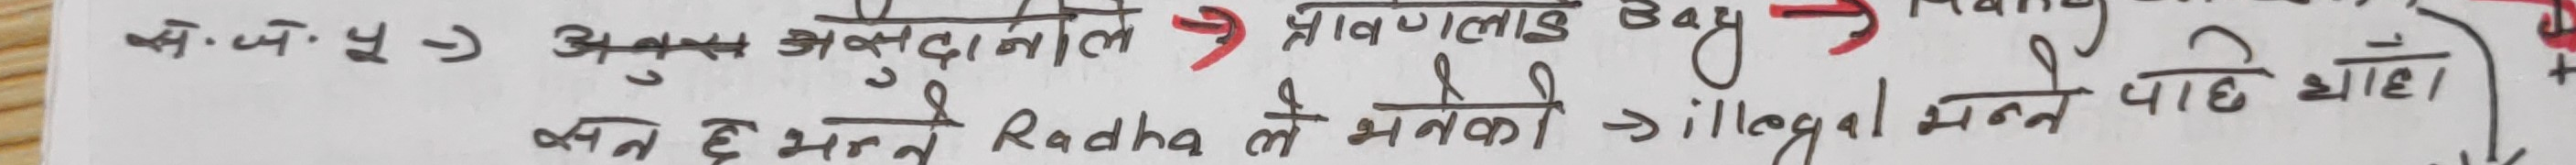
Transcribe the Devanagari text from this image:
क. जे. ५ अनुगमन अनुसन्धानले ⇒ प्राणवाल Bay
वन छ भन्ने Radha ले भनेको ⇒ illegal भन्ने पाइएको